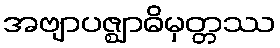
အဗျာပဇ္ဈာဓိမှတ္တဿ